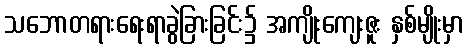
သဘောတရားရေးရာခွဲခြားခြင်း၌ အကျိုးကျေးဇူး နှစ်မျိုးမှာ